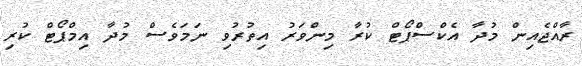
ރާއްޖެއިން މުދާ އެކްސްޕޯޓް ކުރާ މިންވަރު އިތުރުވި ނަމަވެސް މުދާ އިމްޕޯޓް ކުރި